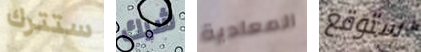
ستترك شيك المعادية ستوقع